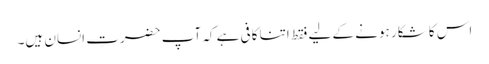
اس کا شکار ہونے کے لیے فقط اتنا کافی ہے کہ آپ حضرتِ انسان ہیں۔